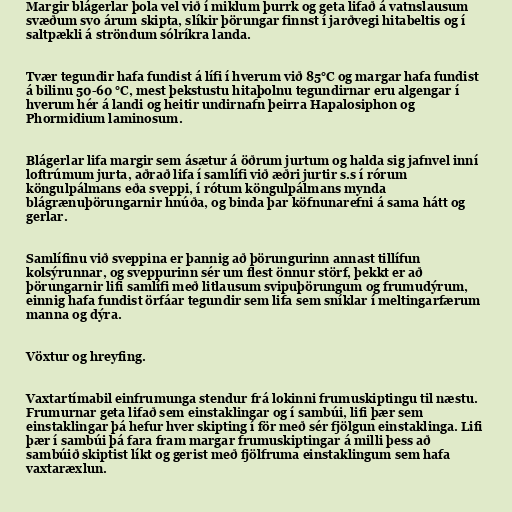
Margir blágerlar þola vel við í miklum þurrk og geta lifað á vatnslausum
svæðum svo árum skipta, slíkir þörungar finnst í jarðvegi hitabeltis og í
saltpækli á ströndum sólríkra landa.

Tvær tegundir hafa fundist á lífi í hverum við 85°C og margar hafa fundist
á bilinu 50-60 °C, mest þekstustu hitaþolnu tegundirnar eru algengar í
hverum hér á landi og heitir undirnafn þeirra Hapalosiphon og
Phormidium laminosum.

Blágerlar lifa margir sem ásætur á öðrum jurtum og halda sig jafnvel inní
loftrúmum jurta, aðrað lifa í samlífi við æðri jurtir s.s í rórum
köngulpálmans eða sveppi, í rótum köngulpálmans mynda
blágrænuþörungarnir hnúða, og binda þar köfnunarefni á sama hátt og
gerlar.

Samlífinu við sveppina er þannig að þörungurinn annast tillífun
kolsýrunnar, og sveppurinn sér um flest önnur störf, þekkt er að
þörungarnir lifi samlífi með litlausum svipuþörungum og frumudýrum,
einnig hafa fundist örfáar tegundir sem lifa sem sníklar í meltingarfærum
manna og dýra.

Vöxtur og hreyfing.

Vaxtartímabil einfrumunga stendur frá lokinni frumuskiptingu til næstu.
Frumurnar geta lifað sem einstaklingar og í sambúi, lifi þær sem
einstaklingar þá hefur hver skipting í för með sér fjölgun einstaklinga. Lifi
þær í sambúi þá fara fram margar frumuskiptingar á milli þess að
sambúið skiptist líkt og gerist með fjölfruma einstaklingum sem hafa
vaxtaræxlun.